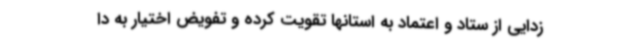
زدایی از ستاد و اعتماد به استانها تقویت کرده و تفویض اختیار به دا